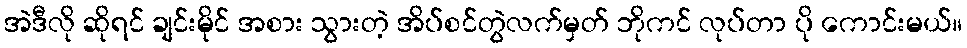
အဲဒီလို ဆိုရင် ချင်းမိုင် အစား သွားတဲ့ အိပ်စင်တွဲလက်မှတ် ဘိုကင် လုပ်တာ ပို ကောင်းမယ်။